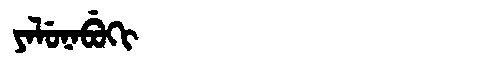
Manchu: ᠶᠠᠯᡠᠨᠠᠪᡠᡴᡳ
Romanization: YALUNABUKI